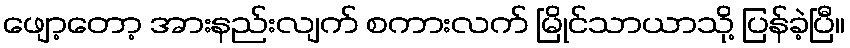
ဖျော့တော့ အားနည်းလျက် စကားလက် မြိုင်သာယာသို့ ပြန်ခဲ့ပြီ။